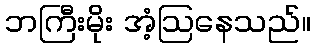
ဘကြီးမိုး အံ့ဩနေသည်။